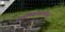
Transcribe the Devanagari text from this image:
झर्याच्याकाठावर